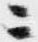
ニ